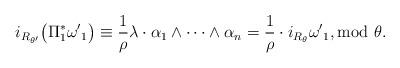
LaTeX: \begin{gather*}i_{R_{\theta'}} \big(\Pi_1^*{\omega'}_1\big)\equiv \frac{1}{\rho}\lambda\cdot \alpha_1\wedge\cdots\wedge\alpha_n= \frac{1}{\rho}\cdot i_{R_{\theta}} {\omega'}_1,\rm{mod}\ \theta.\end{gather*}